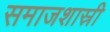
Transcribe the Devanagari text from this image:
समाजशास्री